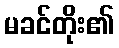
မခင်တိုး၏